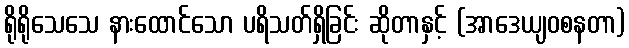
ရိုရိုသေသေ နားထောင်သော ပရိသတ်ရှိခြင်း ဆိုတာနှင့် (အာဒေယျဝစနတာ)